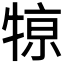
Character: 𤚒